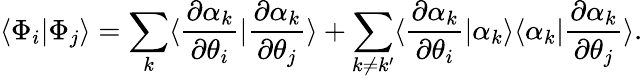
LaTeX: \langle\Phi_{i}|\Phi_{j}\rangle=\sum_{k}\langle\frac{\partial\alpha_{k}}{\partial\theta_{i}}|\frac{\partial\alpha_{k}}{\partial\theta_{j}}\rangle+\sum_{k\ne k^{\prime}}\langle\frac{\partial\alpha_{k}}{\partial\theta_{i}}|\alpha_{k}\rangle\langle\alpha_{k}|\frac{\partial\alpha_{k}}{\partial\theta_{j}}\rangle.